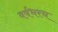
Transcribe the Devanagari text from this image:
वर्षभरच